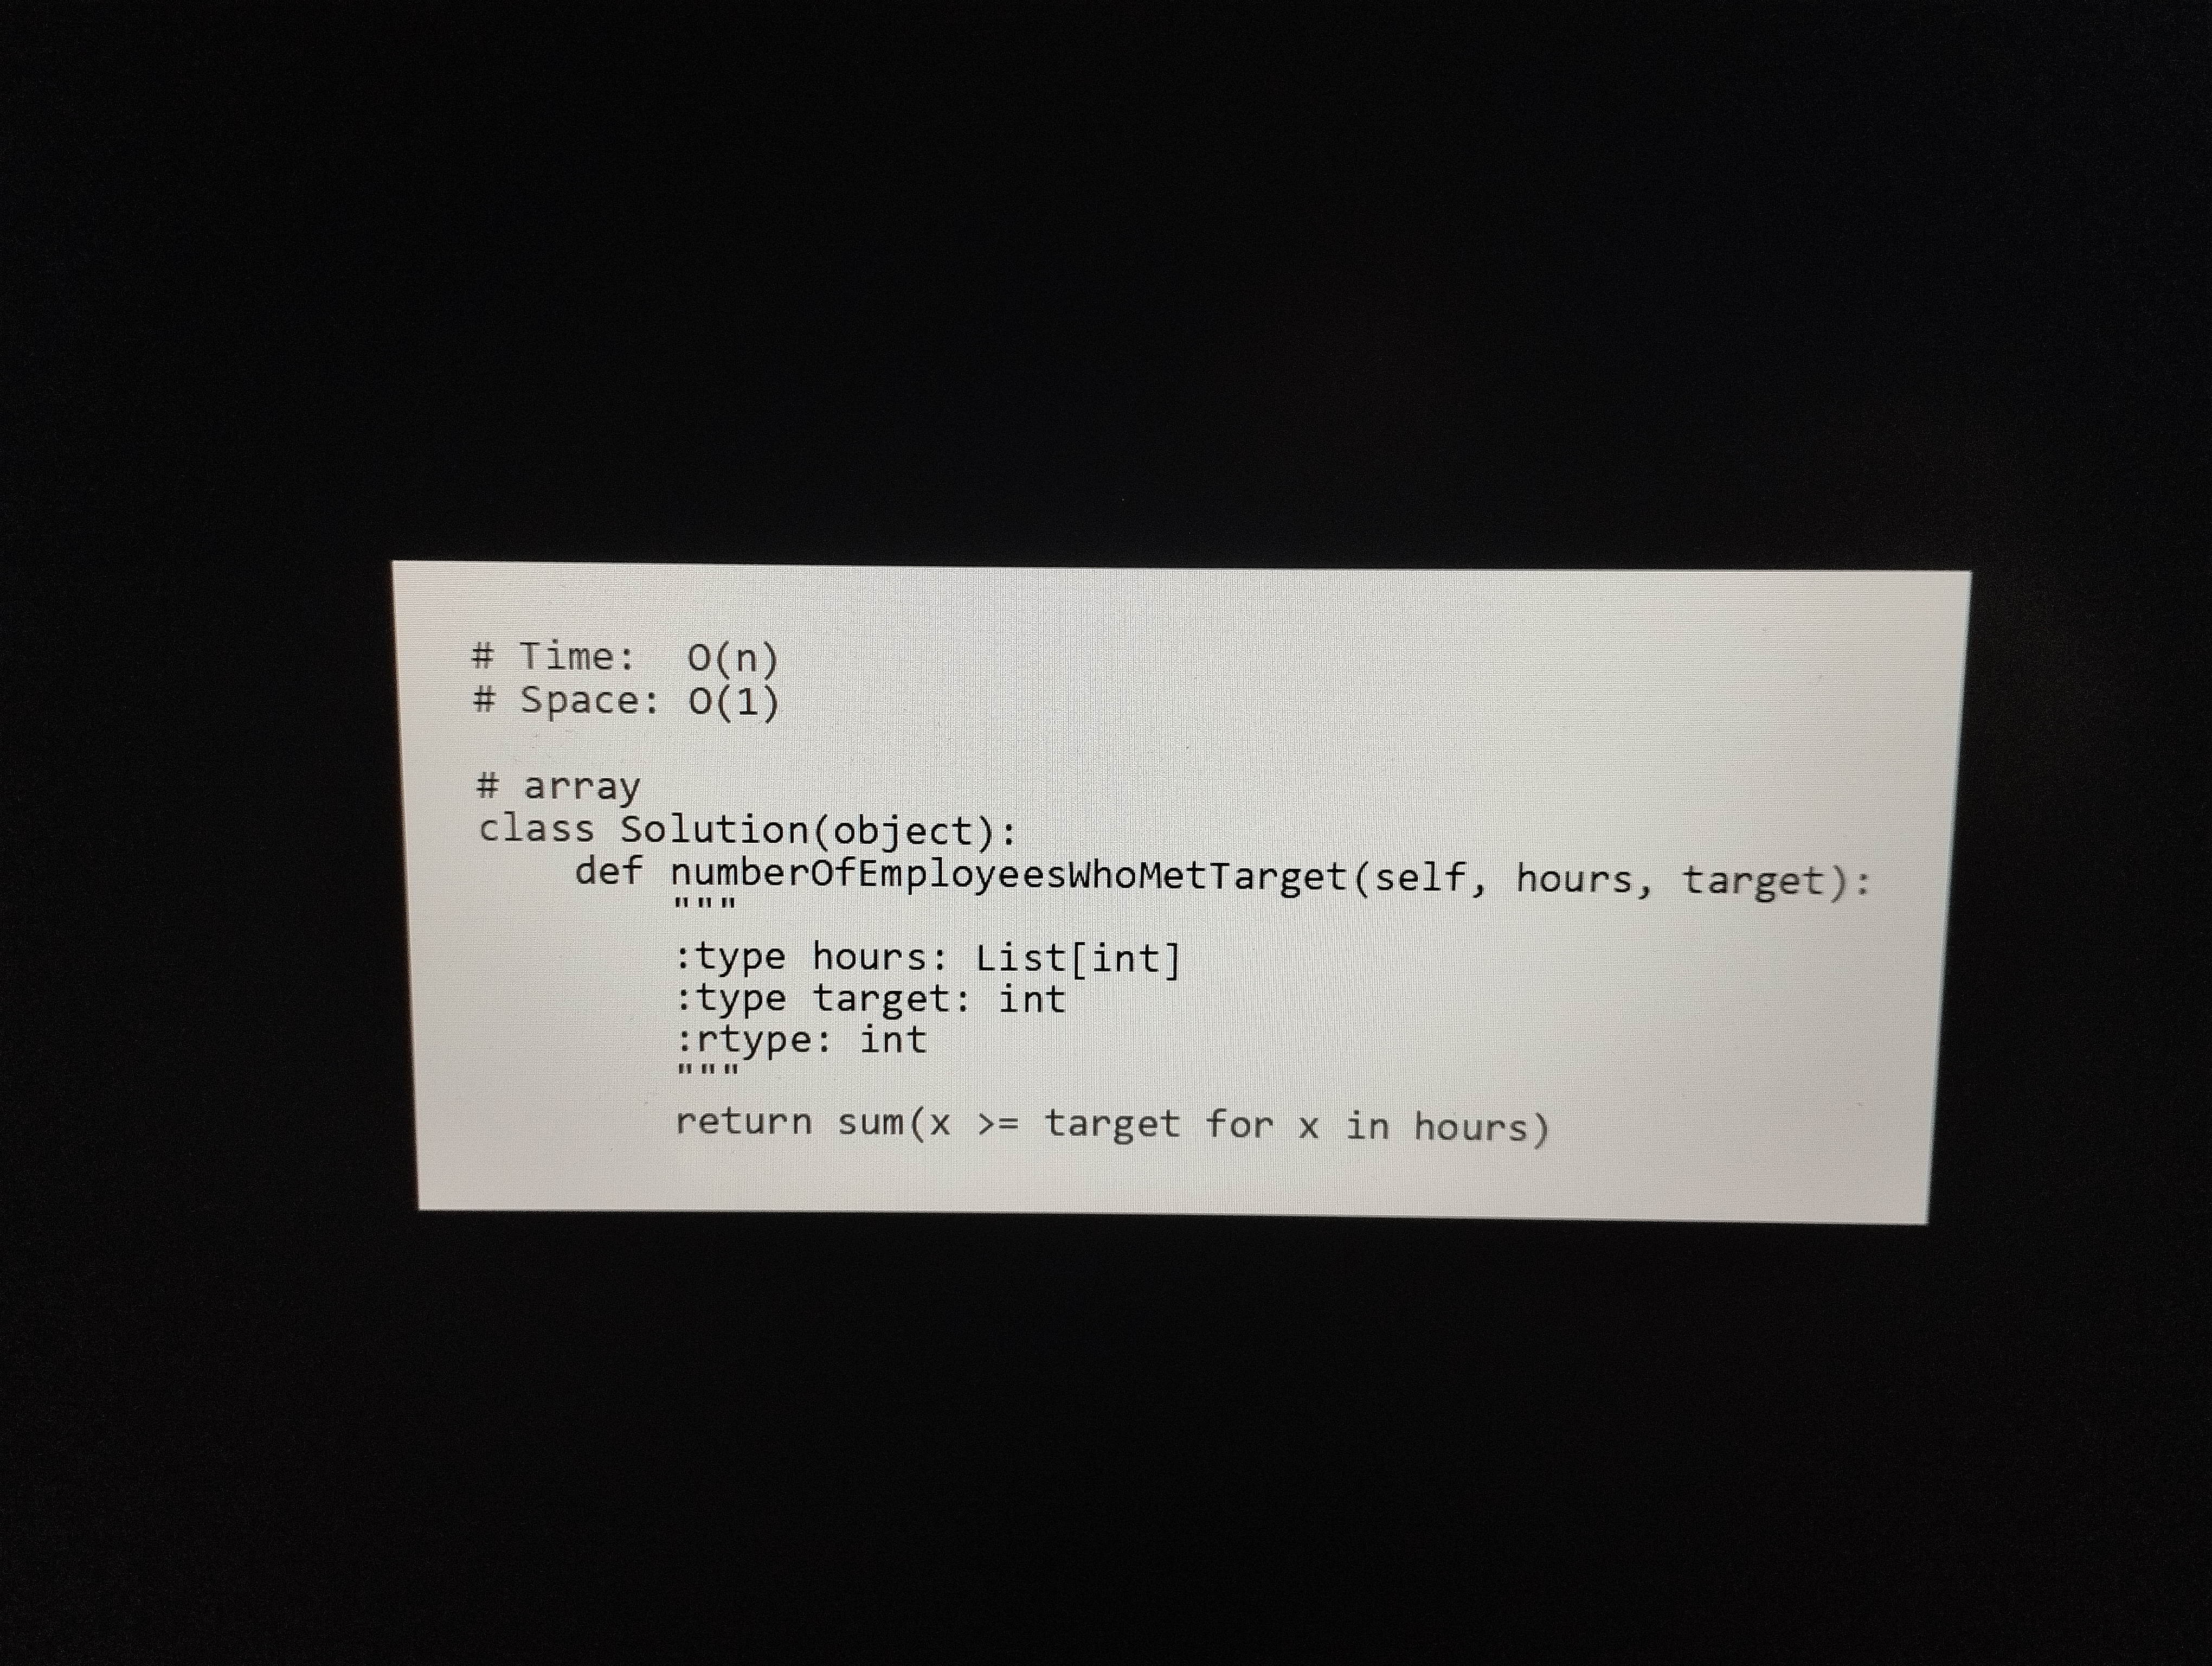
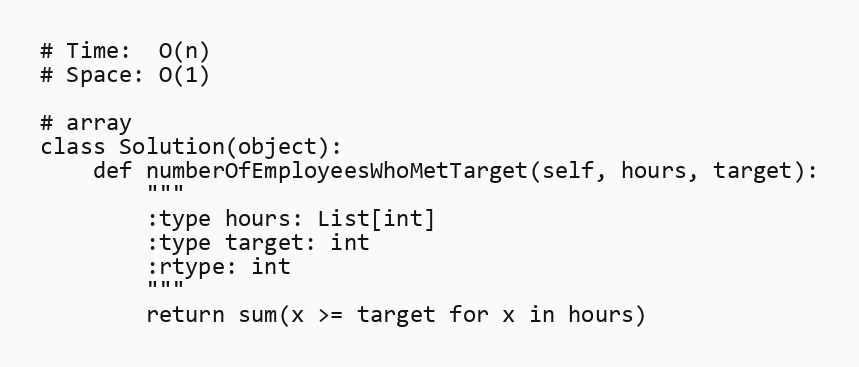
# Time:  O(n)
# Space: O(1)

# array
class Solution(object):
    def numberOfEmployeesWhoMetTarget(self, hours, target):
        """
        :type hours: List[int]
        :type target: int
        :rtype: int
        """
        return sum(x >= target for x in hours)